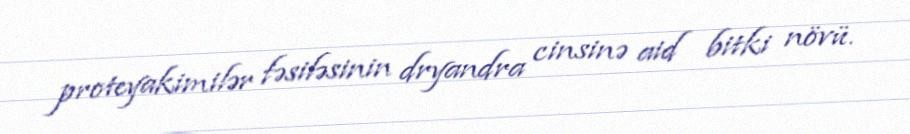
proteyakimilər fəsiləsinin dryandra cinsinə aid bitki növü.